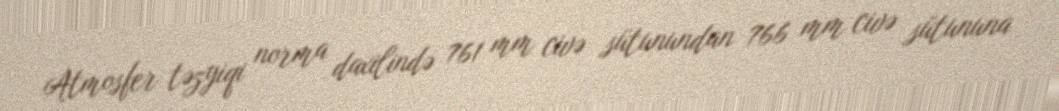
Atmosfer təzyiqi norma daxilində 761 mm civə sütunundan 766 mm civə sütununa